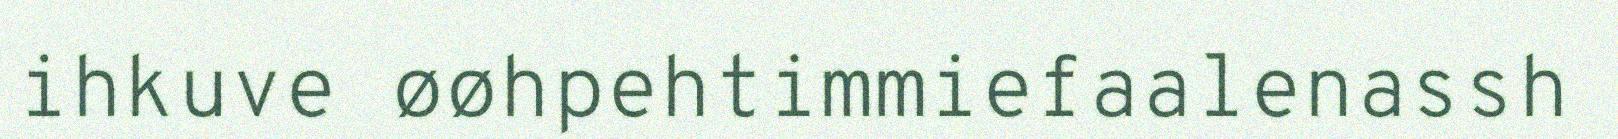
ihkuve øøhpehtimmiefaalenassh